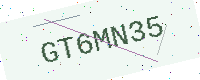
Text: GT6MN35